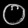
Digit: ၀